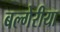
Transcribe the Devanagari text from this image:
बल्गेरीया